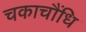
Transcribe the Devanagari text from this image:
चकाचौंधि